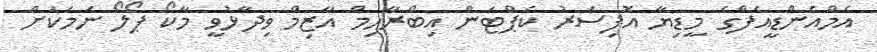
އެމްއެންޑީއެފްގެ މީޑިޔާ އޮފިސަރު ކެޕްޓަން އިބްރާހިމް އާޒިމް ވިދާޅުވީ މާކޯ ޕޯލޯ ނަމަކަށް